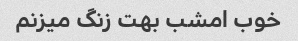
خوب امشب بهت زنگ میزنم